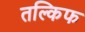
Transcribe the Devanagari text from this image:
तल्किफ